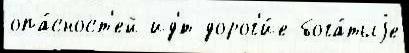
опа́сност'ей ид'́т дорог'и́е бога́тыjе